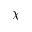
\chi